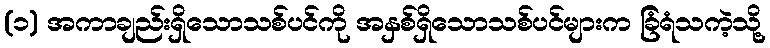
(၁) အကာချည်းရှိသောသစ်ပင်ကို အနှစ်ရှိသောသစ်ပင်များက ခြံရံသကဲ့သို့